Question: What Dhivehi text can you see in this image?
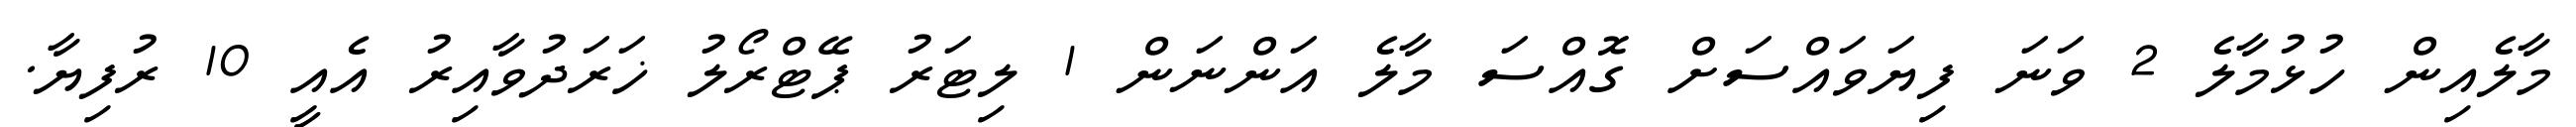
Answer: މާލެއިން ހުޅުމާލެ 2 ވަނަ ފިޔަވައްސަށް ގޮއްސަ މާލެ އަންނަން 1 ލިޓަރު ޕޭޓްރޯލު ޚަރަދުވާއިރު އެއީ 10 ރުފިޔާ.